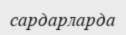
сардарларда